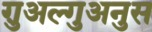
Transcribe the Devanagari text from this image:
ग़ुअल्गुअनुस